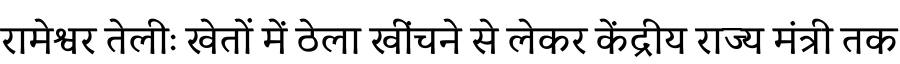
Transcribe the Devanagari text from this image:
रामेश्वर तेलीः खेतों में ठेला खींचने से लेकर केंद्रीय राज्य मंत्री तक